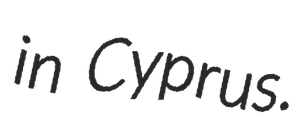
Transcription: in Cyprus.